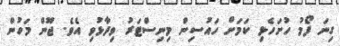
ގިނަ ފޯމު ހުށަހެޅި ކަމަށް ހައުސިން މިނިސްޓަރު ވިދާޅުވި އެވެ. ޖޫން މަހުން